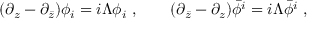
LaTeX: ( \partial _ { z } - \partial _ { \bar { z } } ) \phi _ { i } = i \Lambda \phi _ { i } \ , \qquad ( \partial _ { \bar { z } } - \partial _ { z } ) \bar { \phi } ^ { i } = i \Lambda \bar { \phi } ^ { i } \ ,